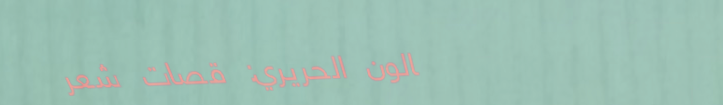
صالون الحريري: قصّات شعر